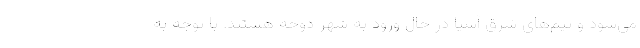
می‌شود و تیم‌های شرق آسیا در حال ورود به شهر دوحه هستند. با توجه به